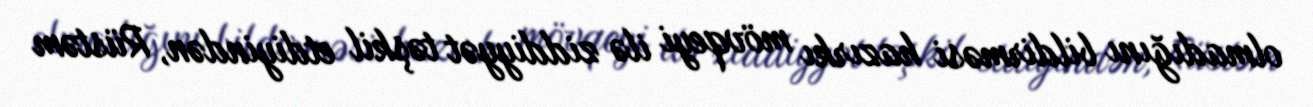
olmadığını bildirməsi hazırkı mövqeyi ilə ziddiyyət təşkil etdiyindən, Rüstəm